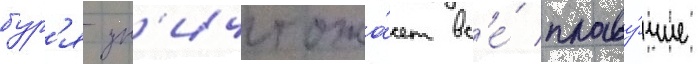
бур'я ун'ичтожа́ет вс'е́ плаву́чие